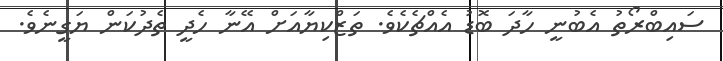
ސައިބްރޯތު އެބުނީ ހާދަ ބޮޑު އެއްޗެކެވެ. ތަޒްކިޔާއަށް އޭނާ ހެދީ ތެދުކަން ޔަގީނެވެ.